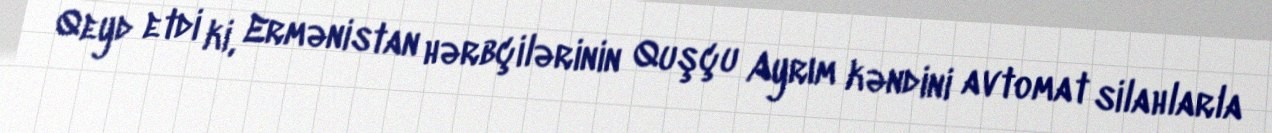
Qeyd etdi ki, Ermənistan hərbçilərinin Quşçu Ayrım kəndini avtomat silahlarla